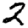
Digit: 2